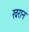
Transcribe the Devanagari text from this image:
खरान